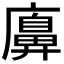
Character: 𢋛